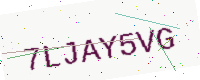
Text: 7LJAY5VG